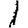
Digit: 1